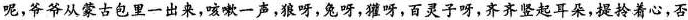
呢，爷爷从蒙古包里一出来，咳嗽一声，狼呀，兔呀，獾呀，百灵子呀，齐齐竖起耳朵，提拎着心，否